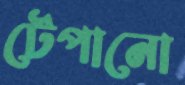
টেপানো